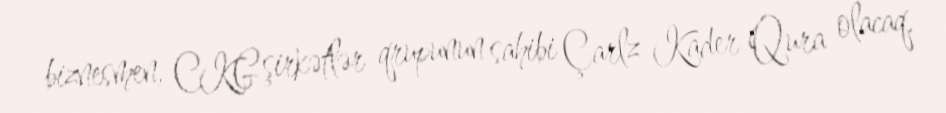
biznesmen, CKG şirkətlər qrupunun sahibi Çarlz Kader Qura olacaq.